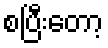
စပြီးတော့